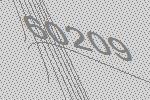
60209